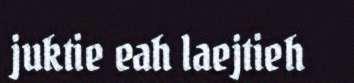
juktie eah laejtieh